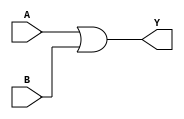
//gate level
module and_gate(output Y,input A,input B);
or(Y,A,B);
endmodule